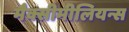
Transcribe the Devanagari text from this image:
मैक्सीमीलियन्स